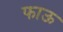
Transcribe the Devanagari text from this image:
फाऊ